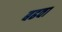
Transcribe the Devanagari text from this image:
बढवा